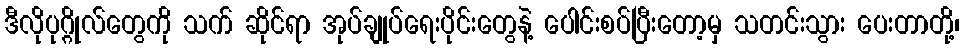
ဒီလိုပုဂ္ဂိုလ်တွေကို သက် ဆိုင်ရာ အုပ်ချုပ်ရေးပိုင်းတွေနဲ့ ပေါင်းစပ်ပြီးတော့မှ သတင်းသွား ပေးတာတို့၊